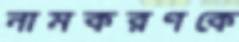
নামকরণকে